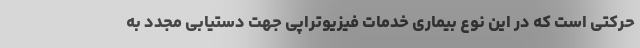
حرکتی است که در این نوع بیماری خدمات فیزیوتراپی جهت دستیابی مجدد به